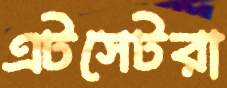
এটসেটরা